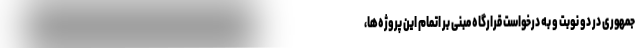
جمهوری در دو نوبت و به درخواست قرارگاه مبنی بر اتمام این پروژه‌ها،